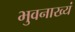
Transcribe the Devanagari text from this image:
भुवनाख्यं